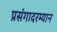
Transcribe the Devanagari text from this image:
प्रसंगादरम्यान